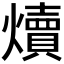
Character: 𪺁